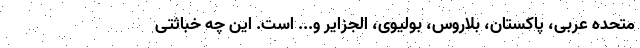
متحده عربی، پاکستان، بلاروس، بولیوی، الجزایر و... است. این چه خباثتی